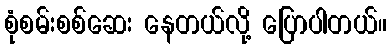
စုံစမ်းစစ်ဆေး နေတယ်လို့ ပြောပါတယ်။